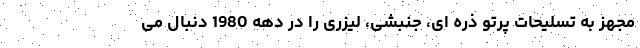
مجهز به تسلیحات پرتو ذره ای، جنبشی، لیزری را در دهه 1980 دنبال می